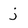
Character: j